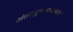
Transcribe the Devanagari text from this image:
अंतरानुशासनात्मक